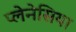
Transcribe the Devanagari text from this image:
प्लेनेसिया